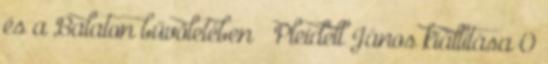
és a Balaton bűvöletében – Pleidell János kiállítása 0